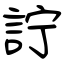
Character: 詝